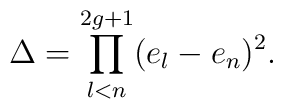
\Delta=\prod_{l<n}^{2g+1}(e_l-e_n)^2.